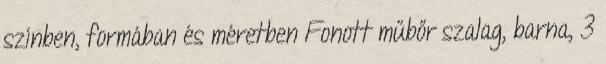
színben, formában és méretben Fonott műbőr szalag, barna, 3